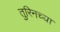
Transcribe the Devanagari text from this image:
तुरिनच्या